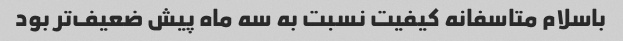
باسلام متاسفانه کیفیت نسبت به سه ماه پیش ضعیف‌تر بود